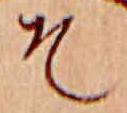
そ